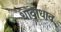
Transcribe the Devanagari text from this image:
धावाधाव